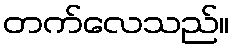
တက်လေသည်။